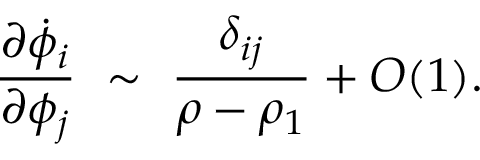
{ \frac { \partial \dot { \phi } _ { i } } { \partial \phi _ { j } } } ~ \sim ~ { \frac { \delta _ { i j } } { \rho - \rho _ { 1 } } } + { \cal { O } } ( 1 ) .